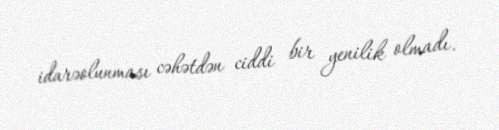
idarəolunması cəhətdən ciddi bir yenilik olmadı.